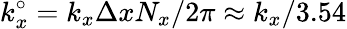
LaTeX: k_{x}^{\circ}=k_{x}\Delta xN_{x}/2\pi\approx k_{x}/3.54